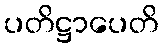
ပတိဋ္ဌာပေတိ